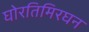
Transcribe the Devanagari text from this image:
घोरतिमिरघन